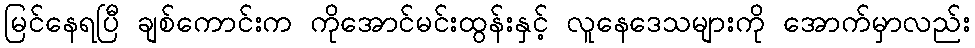
မြင်နေရပြီ ချစ်ကောင်းက ကိုအောင်မင်းထွန်းနှင့် လူနေဒေသများကို အောက်မှာလည်း